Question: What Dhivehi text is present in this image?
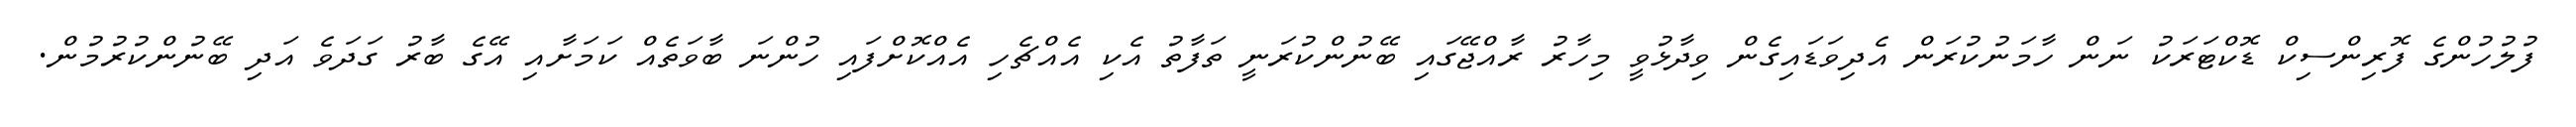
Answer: ފުލުހުންގެ ފޮރިންސިކް ޑޮކްޓަރަކު ނަން ހާމަނުކުރަން އެދިވަޑައިގެން ވިދާޅުވީ މިހާރު ރާއްޖޭގައި ބޭނުންކުރަނީ ތަފާތު އެކި އެއްޗެހި އެއްކޮށްފައި ހުންނަ ބާވަތެއް ކަމަށާއި އޭގެ ބާރު ގަދަވެ އަދި ބޭނުންކުރުމުން.